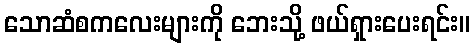
သောဆံစကလေးများကို ဘေးသို့ ဖယ်ရှားပေးရင်း။